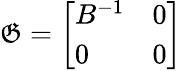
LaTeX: \mathfrak{G}={\left[\begin{array}{ll}{B^{-1}}&{0}\\ {0}&{0}\end{array}\right]}